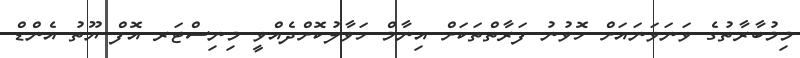
މިމުބާރާތުގެ ވަނަވަނައަށް ހޮވުނު ފަރާތްތަކަށް އިނާމް ހަވާލުކޮށްދެއްވީ މިނިސްޓަރ އޮފް ޔޫތު އެންޑް